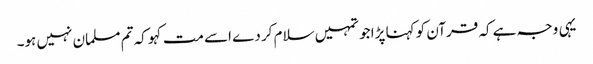
یہی وجہ ہے کہ قرآن کو کہنا پڑا جو تمہیں سلام کر دے اسے مت کہو کہ تم مسلمان نہیں ہو۔